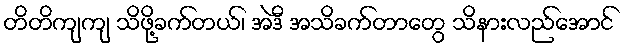
တိတိကျကျ သိဖို့ခက်တယ်၊ အဲဒီ အသိခက်တာတွေ သိနားလည်အောင်